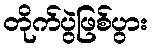
တိုက်ပွဲဖြစ်ပွား